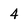
Character: 4